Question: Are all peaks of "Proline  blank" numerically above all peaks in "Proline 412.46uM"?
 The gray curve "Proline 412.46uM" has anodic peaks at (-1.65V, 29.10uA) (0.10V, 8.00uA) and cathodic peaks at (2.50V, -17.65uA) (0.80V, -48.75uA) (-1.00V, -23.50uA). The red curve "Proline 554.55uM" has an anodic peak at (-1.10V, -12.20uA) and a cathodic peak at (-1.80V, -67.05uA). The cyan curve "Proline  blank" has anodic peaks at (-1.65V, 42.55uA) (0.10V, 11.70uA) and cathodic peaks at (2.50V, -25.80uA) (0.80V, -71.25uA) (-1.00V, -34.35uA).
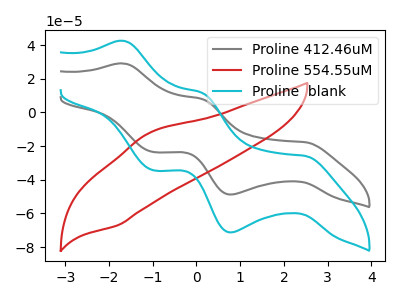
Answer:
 <answer>Every peak in "Proline  blank" is higher than every peak in "Proline 412.46uM".</answer>
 <eval>higher</eval>